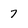
Character: 7